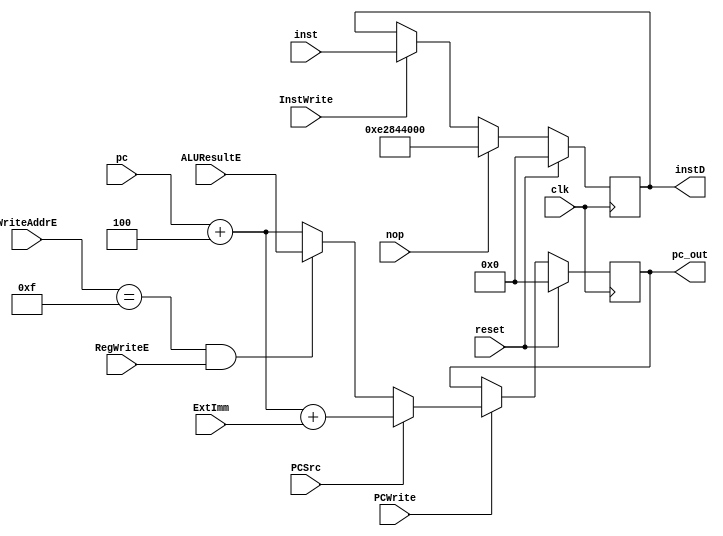
module Instruction_Fetch(
	input clk,
	input reset,
	input PCWrite,
	input PCSrc,
	input[31:0] pc,
	output reg[31:0] pc_out,
	input[31:0] inst,
	input InstWrite,
	input nop,
	input[31:0] ExtImm,
	input[3:0] WriteAddrE,
	input RegWriteE,
	input[31:0] ALUResultE,
	output reg[31:0] instD
	);
	

	always @ (negedge clk)
	begin
		if (reset)	pc_out <= 'h00000000;
	else
		begin
			if (PCWrite == 1'b1)
			begin
				if (PCSrc == 1'b1)
					pc_out <= pc + 32'd4 + ExtImm;
				else if (WriteAddrE == 4'b1111 && RegWriteE == 1'b1)
					pc_out <= ALUResultE;
				else
					pc_out <= pc + 'd4;
			end
		end
	end
	
	always @ (negedge clk)
	begin
		if (reset) instD <= 32'b00000000000000000000000000000000;	
		else
		begin
			if (InstWrite)
				instD <= inst;
			if (nop)
				instD <= 32'b11100010100001000100000000000000;	// ADD $4, #0
		end
	end


endmodule